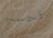
فحسب